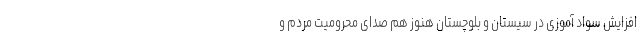
افزایش سواد آموزی در سیستان و بلوچستان هنوز هم صدای محرومیت مردم و